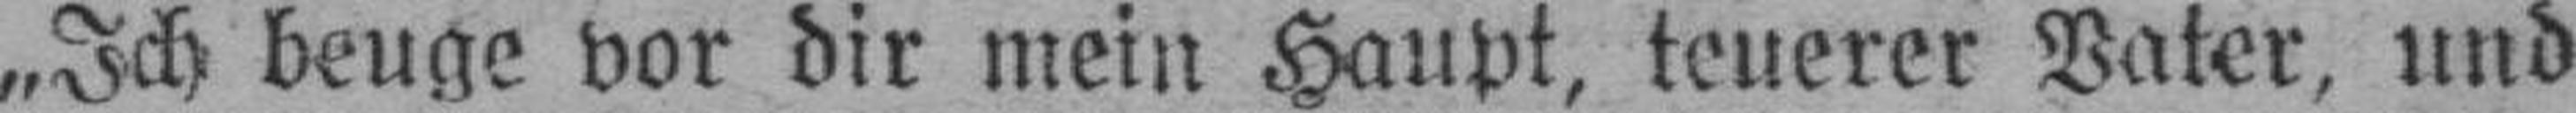
„Ich beuge vor dir mein Haupt, teuerer Vater, und